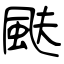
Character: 颫